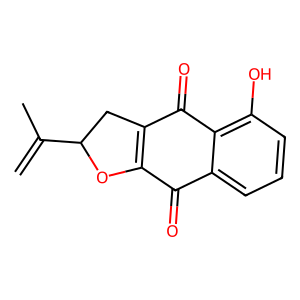
SMILES: C=C(C)C1CC2=C(O1)C(=O)c1cccc(O)c1C2=O
Inhibits HIV replication: No